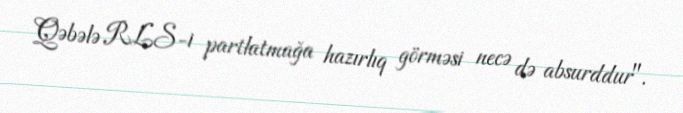
Qəbələ RLS-i partlatmağa hazırlıq görməsi necə də absurddur".